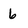
Character: 6